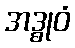
အဒ္ဓုဝံ